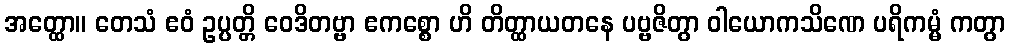
အတ္ထော။ တေသံ ဧဝံ ဥပ္ပတ္တိ ဝေဒိတဗ္ဗာ ဧကစ္စော ဟိ တိတ္ထာယတနေ ပဗ္ဗဇိတွာ ဝါယောကသိဏေ ပရိကမ္မံ ကတွာ